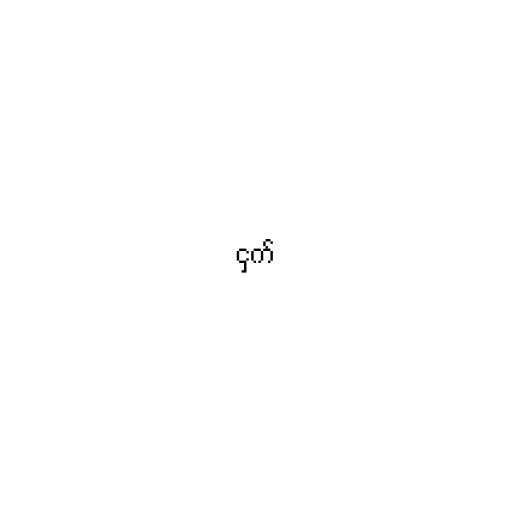
ငှက်